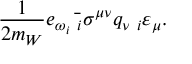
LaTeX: \frac { 1 } { 2 m _ { W } } e _ { \omega _ { i } } \bar { { \bf \omega } _ { i } } \sigma ^ { \mu \nu } q _ { \nu } { \bf \omega } _ { i } \varepsilon _ { \mu } .